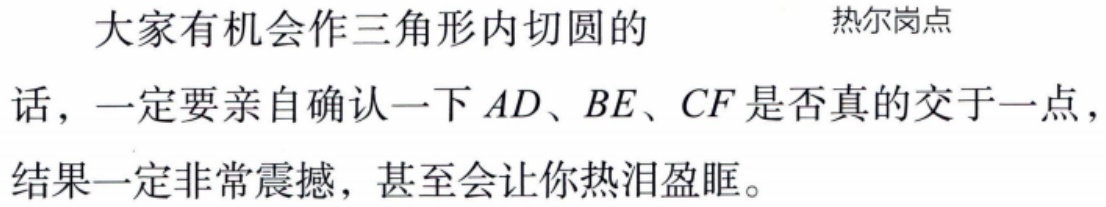
大家有机会作三角形内切圆的 热尔岗点
话，一定要亲自确认一下 \(AD、BE、CF\) 是否真的交于一点，
结果一定非常震撼，甚至会让你热泪盈眶。